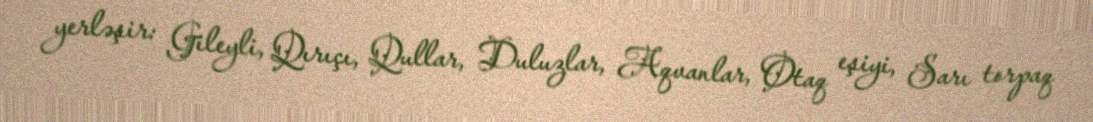
yerləşir: Gileyli, Qırıçı, Qullar, Duluzlar, Aqvanlar, Otaq eşiyi, Sarı torpaq